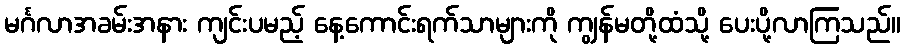
မင်္ဂလာအခမ်းအနား ကျင်းပမည့် နေ့ကောင်းရက်သာများကို ကျွန်မတို့ထံသို့ ပေးပို့လာကြသည်။